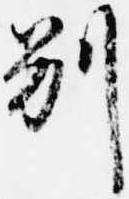
別